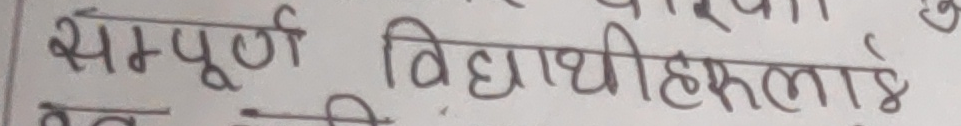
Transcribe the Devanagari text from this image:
सम्पूण विद्यार्थीहरुलाई